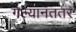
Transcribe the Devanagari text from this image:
गेल्यानंततर